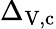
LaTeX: \Delta_{\mathrm{V},\mathrm{c}}